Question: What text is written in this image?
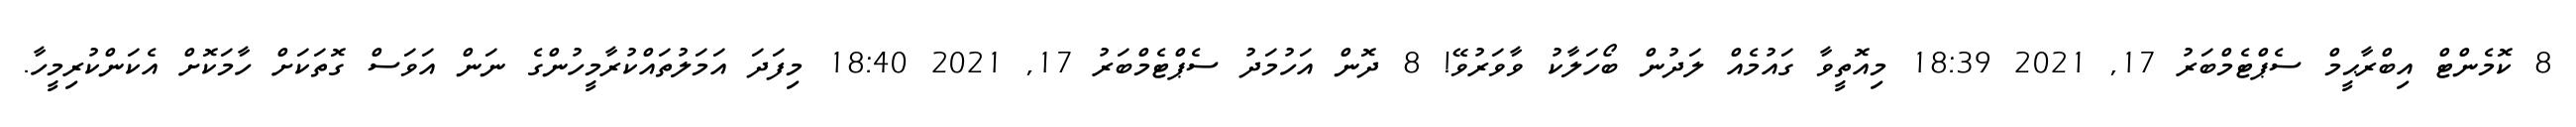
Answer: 8 ކޮމެންޓް އިބްރާޙީމް ސެޕްޓެމްބަރު 17, 2021 18:39 މިއޮތީވާ ގައުމެއް ލަދުން ބޯހަލާކު ވާވަރުވޭ! 8 ދޮން އަހުމަދު ސެޕްޓެމްބަރު 17, 2021 18:40 މިފަދަ އަމަލުތައްކުރާމީހުންގެ ނަން އަވަސް ގޮތަކަށް ހާމަކޮށް އެކަންކުރިމީހާ.